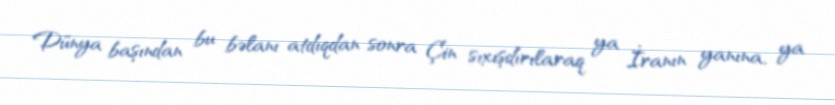
Dünya başından bu bəlanı atdıqdan sonra Çin sıxışdırılaraq ya İranın yanına, ya